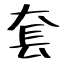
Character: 套